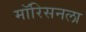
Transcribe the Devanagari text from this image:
मॉरिसनला